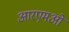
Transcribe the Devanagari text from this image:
आरएमओ